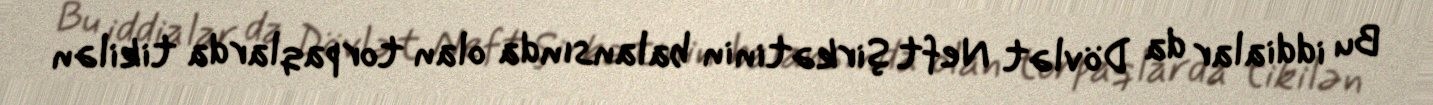
Bu iddialar da Dövlət Neft Şirkətinin balansında olan torpaqlarda tikilən